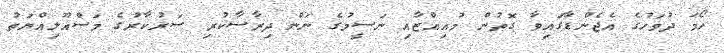
ހޯމަ ދުވަހުގެ އެޖެންޑާގައިވާ ގޮތުން މުއިއްޒާއި ނަސީމުގެ ނަން ދިރާސާކުރި ސަރުކާރުގެ މަސްއޫލިއްޔަތު